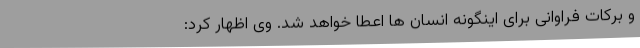
و برکات فراوانی برای اینگونه انسان ها اعطا خواهد شد. وی اظهار کرد: